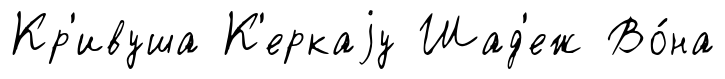
Кр'ивуша К'еркаjу Шад'еж Во́на